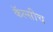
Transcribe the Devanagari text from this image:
कॅल्सीच